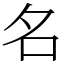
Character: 名